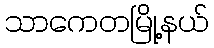
သာကေတမြို့နယ်